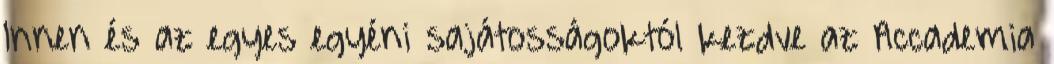
Innen és az egyes egyéni sajátosságoktól kezdve az Accademia